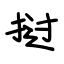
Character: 挝